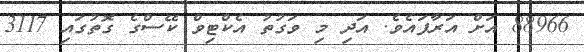
88966 އަށް އަރާފައެވެ. އަދި މި ވަގުތު އެކްޓިވް ކޭސްގެ ގޮތުގައި 3117